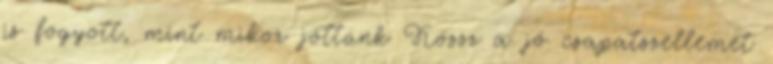
is fogyott, mint mikor jöttünk Kössz a jó csapatszellemet